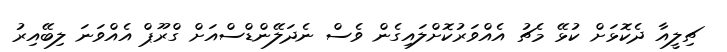
ޗިލީއާ ދެކޮޅަށް ކުޅޭ މެޗު އެއްވަރުކޮށްލައިގެން ވެސް ނެދަލޭންޑްސްއަށް ގްރޫޕް އެއްވަނަ ލިބޭއިރު